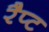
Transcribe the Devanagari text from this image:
रैप्ट